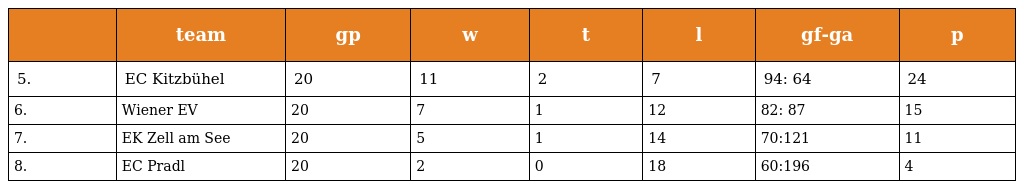
|  | team | gp | w | t | l | gf-ga | p |
 | --- | --- | --- | --- | --- | --- | --- | --- |
 | 5. | EC Kitzbühel | 20 | 11 | 2 | 7 | 94: 64 | 24 |
 | 6. | Wiener EV | 20 | 7 | 1 | 12 | 82: 87 | 15 |
 | 7. | EK Zell am See | 20 | 5 | 1 | 14 | 70:121 | 11 |
 | 8. | EC Pradl | 20 | 2 | 0 | 18 | 60:196 | 4 |